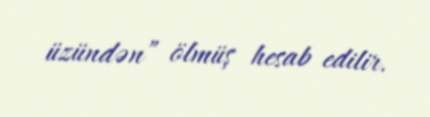
üzündən” ölmüş hesab edilir.